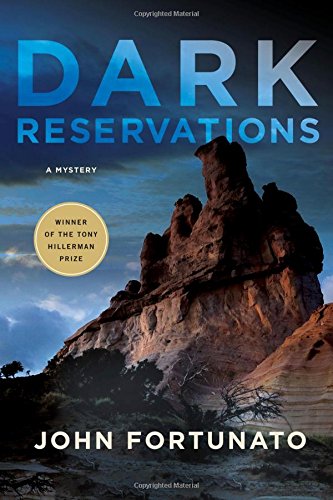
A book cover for Dark Reservations: A Mystery; John Fortunato; Mystery, Thriller & Suspense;